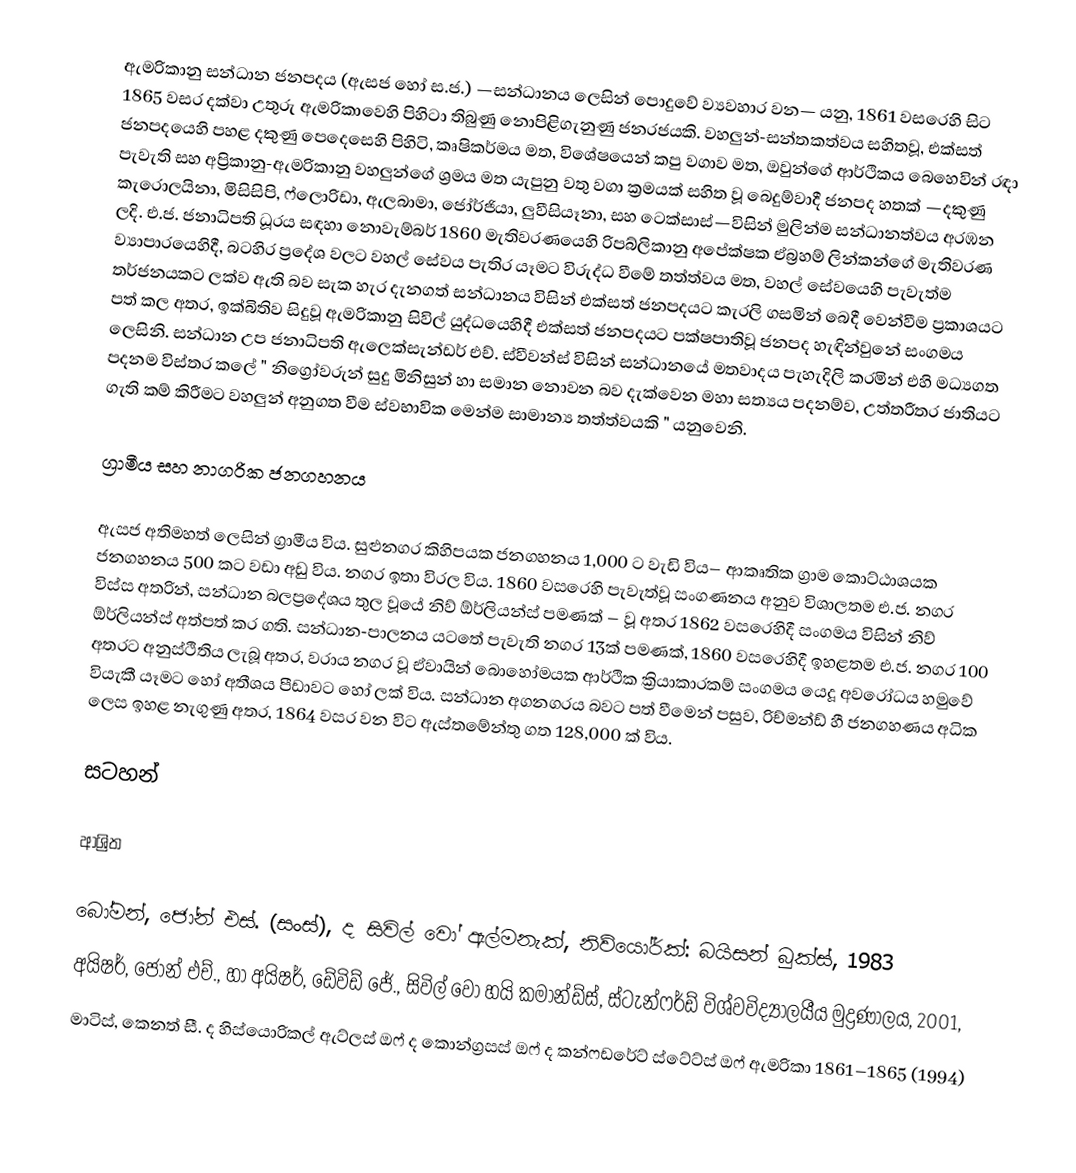
ඇමරිකානු සන්ධාන ජනපදය (ඇසජ හෝ ස.ජ.) —සන්ධානය ලෙසින් පොදුවේ ව්‍යවහාර වන— යනු, 1861 වසරෙහි සිට 1865 වසර දක්වා උතුරු ඇමරිකාවෙහි පිහිටා තිබුණු නොපිළිගැනුණු ජනරජයකි. වහලුන්-සන්තකත්වය සහිතවූ,  එක්සත් ජනපදයෙහි පහළ දකුණු පෙදෙසෙහි පිහිටි, කෘෂිකර්මය මත, විශේෂයෙන් කපු වගාව මත, ඔවුන්ගේ ආර්ථිකය බෙහෙවින් රඳා පැවැති සහ අප්‍රිකානු-ඇමරිකානු වහලුන්ගේ ශ්‍රමය මත යැපුනු වතු වගා ක්‍රමයක් සහිත වූ බෙදුම්වාදී  ජනපද හතක් —දකුණු කැරොලයිනා, මිසිසිපි, ෆ්ලොරිඩා, ඇලබාමා, ජෝර්ජියා,  ලුවීසියෑනා, සහ ටෙක්සාස්—විසින් මුලින්ම සන්ධානත්වය අරඹන ලදි. එ.ජ. ජනාධිපති ධූරය සඳහා   නොවැම්බර් 1860 මැතිවරණයෙහි රිපබ්ලිකානු අපේක්ෂක ඒබ්‍රහම් ලින්කන්ගේ මැතිවරණ ව්‍යාපාරයෙහිදී, බටහිර ප්‍රදේශ වලට වහල් සේවය පැතිර යෑමට විරුද්ධ වීමේ තත්ත්වය මත,  වහල් සේවයෙහි පැවැත්ම තර්ජනයකට ලක්ව ඇති බව  සැක හැර දැනගත් සන්ධානය විසින් එක්සත් ජනපදයට කැරලි ගසමින් බෙදී වෙන්වීම ප්‍රකාශයට පත් කල අතර,  ඉක්බිතිව සිදුවූ ඇමරිකානු සිවිල් යුද්ධයෙහිදී එක්සත් ජනපදයට පක්ෂපාතිවූ ජනපද හැඳින්වුනේ සංගමය ලෙසිනි. සන්ධාන උප ජනාධිපති ඇලෙක්සැන්ඩර් එච්. ස්වීවන්ස් විසින් සන්ධානයේ මතවාදය පැහැදිලි කරමින් එහි මධ්‍යගත පදනම විස්තර කලේ " නිග්‍රෝවරුන් සුදු මිනිසුන් හා සමාන නොවන බව දැක්වෙන මහා සත්‍යය පදනම්ව, උත්තරීතර ජාතියට ගැති කම් කිරීමට වහලුන් අනුගත වීම ස්වභාවික මෙන්ම සාමාන්‍ය තත්ත්වයකි " යනුවෙනි.

ග්‍රාමීය සහ නාගරික ජනගහනය

ඇසජ අතිමහත් ලෙසින් ග්‍රාමීය විය. සුළුනගර කිහිපයක ජනගහනය 1,000 ට වැඩි විය– ආකෘතික ග්‍රාම කොට්ඨාශයක ජනගහනය 500 කට වඩා අඩු විය. නගර ඉතා විරල විය. 1860 වසරෙහි පැවැත්වූ සංගණනය අනුව විශාලතම එ.ජ. නගර විස්ස අතරින්, සන්ධාන බලප්‍රදේශය තුල වූයේ නිව් ඕර්ලියන්ස්  පමණක් – වූ අතර  1862 වසරෙහිදී සංගමය විසින් නිව් ඕර්ලියන්ස් අත්පත් කර ගති. සන්ධාන-පාලනය යටතේ පැවැති නගර  13ක් පමණක්, 1860 වසරෙහිදී ඉහළතම එ.ජ. නගර 100 අතරට අනුස්ථිතිය ලැබූ අතර, වරාය නගර වූ ඒවායින් බොහෝමයක ආර්ථික ක්‍රියාකාරකම් සංගමය යෙදූ අවරෝධය හමුවේ  වියැකී යෑමට හෝ අතීශය පීඩාවට හෝ   ලක් විය. සන්ධාන අගනගරය බවට පත් වීමෙන් පසුව, රිච්මන්ඩ් හී ජනගහණය අධික ලෙස ඉහළ නැගුණු අතර, 1864 වසර වන විට ඇස්තමේන්තු ගත 128,000 ක් විය.

සටහන්

ආශ්‍රිත

 බෝමන්, ජෝන් එස්. (සංස්), ද සිවිල් වෝ ඇල්මනැක්, නිව්යෝර්ක්: බයිසන් බුක්ස්, 1983
 අයිෂර්, ජෝන් එච්., හා අයිෂර්, ඩේවිඩ් ජේ., සිවිල් වෝ හයි කමාන්ඩ්ස්, ස්ටැන්ෆර්ඩ් විශ්වවිද්‍යාලයීය මුද්‍රණාලය, 2001,
 මාටිස්, කෙනත් සී. ද හිස්යොරිකල් ඇට්ලස් ඔෆ් ද කොන්ග්‍රසස් ඔෆ් ද කන්ෆඩරේට් ස්ටේට්ස් ඔෆ් ඇමරිකා 1861–1865 (1994)